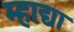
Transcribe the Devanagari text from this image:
म्हाद्या